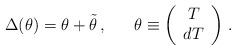
\begin{align*}\Delta(\theta )=\theta +\tilde{\theta }\,, \ \ \ \ \ \theta \equiv\left( \begin{array}{c}T \\ dT \end{array} \right)\,. \end{align*}